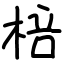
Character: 棓